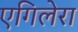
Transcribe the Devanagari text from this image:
एगिलेरा